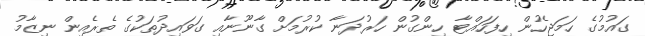
ގައުމުގެ ހަމަޖެހުން ހިފަހައްޓާ ހިންގުން ހަރުދަނާ ކުރުމަށް ގާނޫނާއި ގަވައިދުތަކުގެ ތެރެއިން ނިޒާމު